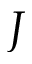
J